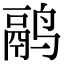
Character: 鹝